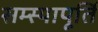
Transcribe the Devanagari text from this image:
सम्स्यापूर्ति